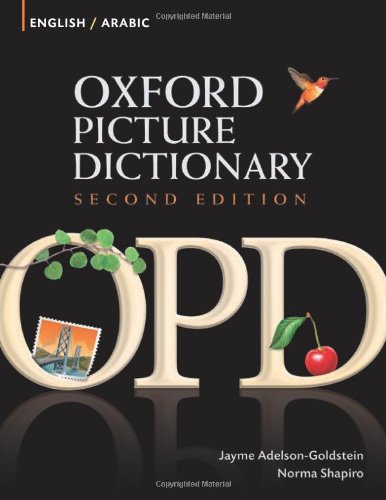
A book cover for Oxford Picture Dictionary English-Arabic: Bilingual Dictionary for Arabic-speaking teenage and adult students of English (Oxford Picture Dictionary 2E); Jayme Adelson-Goldstein; Reference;